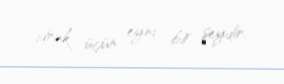
idrak üçün eyni bir şeydir.